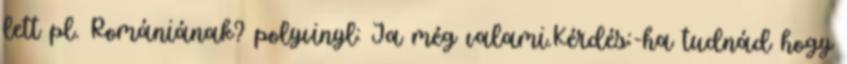
lett pl. Romániának? polyvinyl: Ja még valami.Kérdés:-ha tudnád hogy